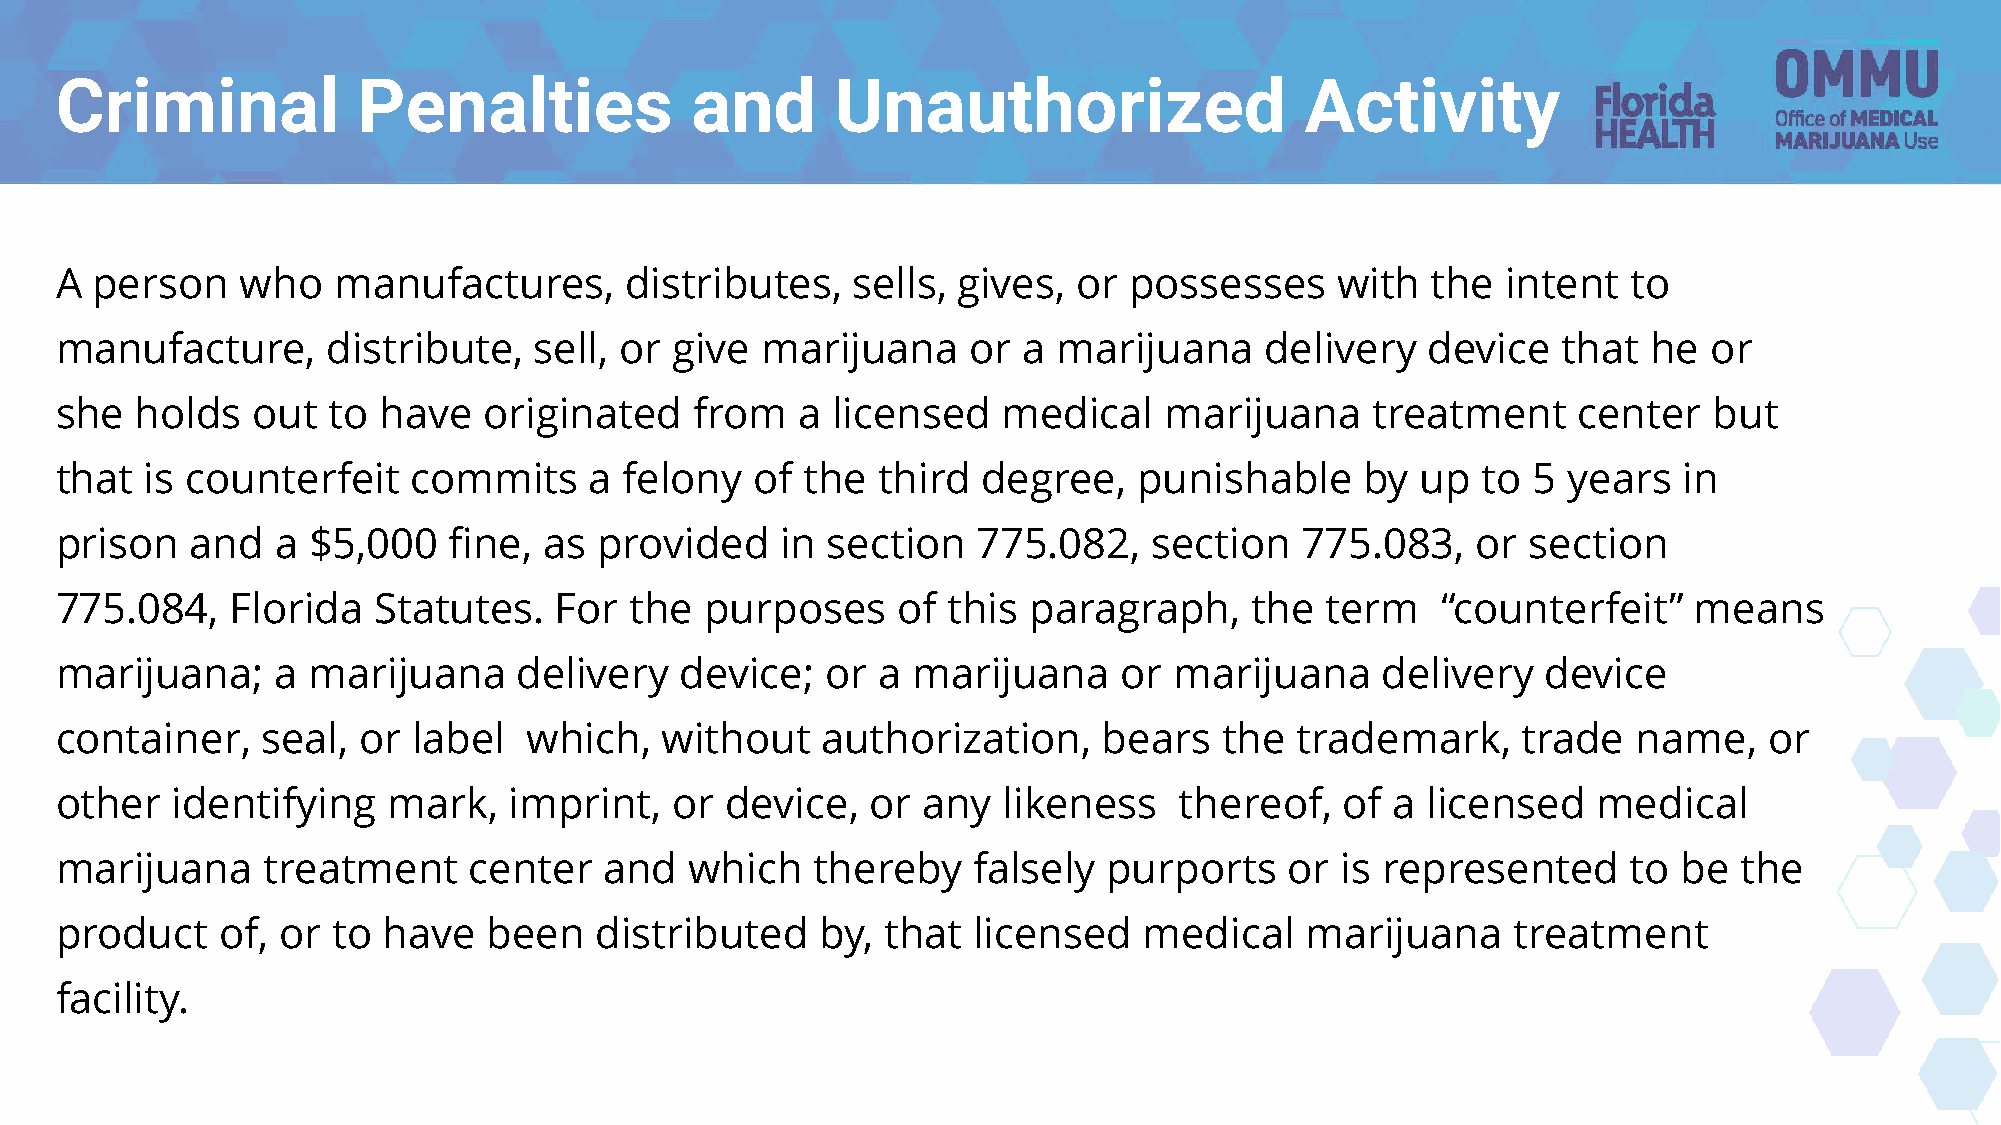
Criminal            Penalties             and      Unauthorized                   Activity
 A person    who   manufactures,      distributes,   sells, gives,  or  possesses     with  the  intent  to
 manufacture,      distribute,  sell, or  give marijuana     or  a marijuana     delivery  device   that  he  or
 she  holds   out  to have   originated    from   a licensed   medical    marijuana     treatment    center   but
 that  is counterfeit   commits     a felony   of the  third  degree,   punishable     by  up  to 5  years  in
 prison   and  a $5,000    fine, as  provided    in section   775.082,   section   775.083,    or section
 775.084,   Florida   Statutes.   For  the  purposes    of  this paragraph,     the  term   “counterfeit”    means
 marijuana;    a marijuana     delivery   device;   or a marijuana     or  marijuana    delivery   device
 container,   seal,  or label   which,   without   authorization,     bears   the  trademark,     trade  name,    or
 other  identifying    mark,   imprint,   or device,   or any  likeness    thereof,   of a licensed    medical
 marijuana    treatment     center   and   which   thereby   falsely  purports    or  is represented     to be  the
 product   of, or  to have   been   distributed    by,  that licensed    medical   marijuana     treatment
 facility.